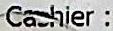
CASHIER :